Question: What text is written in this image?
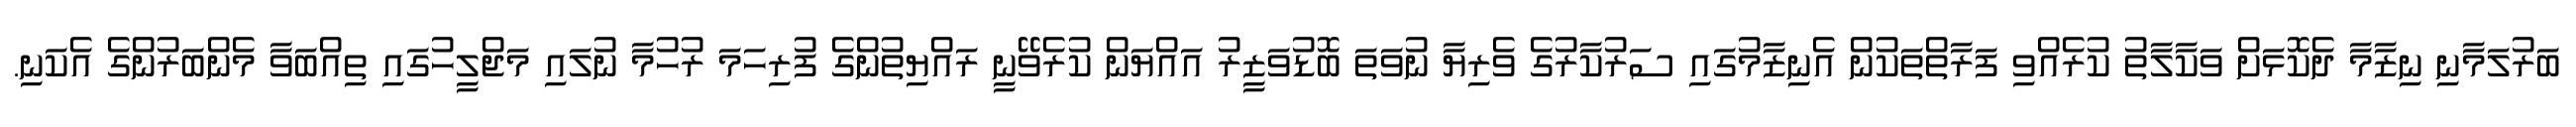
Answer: ބަރުލަމާނި ނިޒާމާ ދެކޮޅަށް ވަކާލާތު ކުރެއްވި ފަރާތްތަކުން އެނިޒާމުގައި ސަރުކާރުގެ ވެރިޔާ ނުވަތަ ބޮޑުވަޒީރު އައްޔަން ކުރެވޭނީ ރައްޔިތުންގެ ފުރިހަމަ ރުހުމާ ނުލައި މަޖްލީހުގައި ތިއްބަވާ މެންބަރުންގެ އެކަނި.